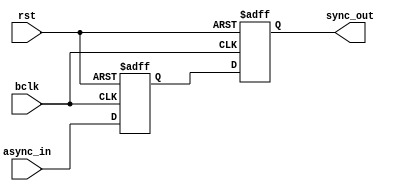
module sync(
    input async_in, bclk, rst,
    output sync_out
    );

reg bdat1, bdat2;

always @(posedge bclk or posedge rst) begin
    if (rst) begin
        bdat1 <= 1'b0;
        bdat2 <= 1'b0;
    end
    else begin
        bdat1 <= async_in;
        bdat2 <= bdat1;
    end
end

assign sync_out = bdat2;

endmodule